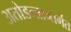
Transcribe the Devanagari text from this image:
अतोडन्त्रान्तर्गत